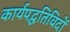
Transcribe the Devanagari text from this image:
कार्यपद्धतिविदों